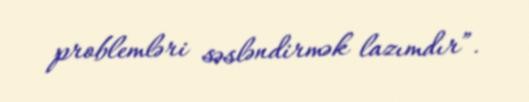
problemləri səsləndirmək lazımdır”.